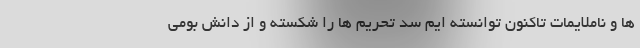
ها و ناملایمات تاکنون توانسته ایم سد تحریم ها را شکسته و از دانش بومی